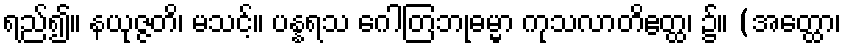
ရည်၍။ နယုဇ္ဇတိ၊ မသင့်။ ပန္နရသ ဂေါတြဘုဓမ္မာ ကုသလာတိဧတ္ထ၊ ၌။ (အတ္ထော၊